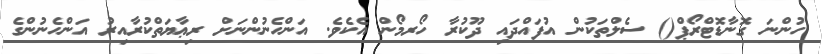
ހުންނަ ގޮނާޑޮޓްރޯޕް() ސެލްތަކުން އުފައްދައި ދޫކުރާ ހޯރމޯން އެކެވެ. އަންހެނުންނަށް ރިޢާޔަތްކުރާއިރު އަންހެނުންގެ